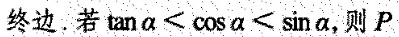
终边.若$$\tan \alpha < \cos \alpha < \sin \alpha$$，则P